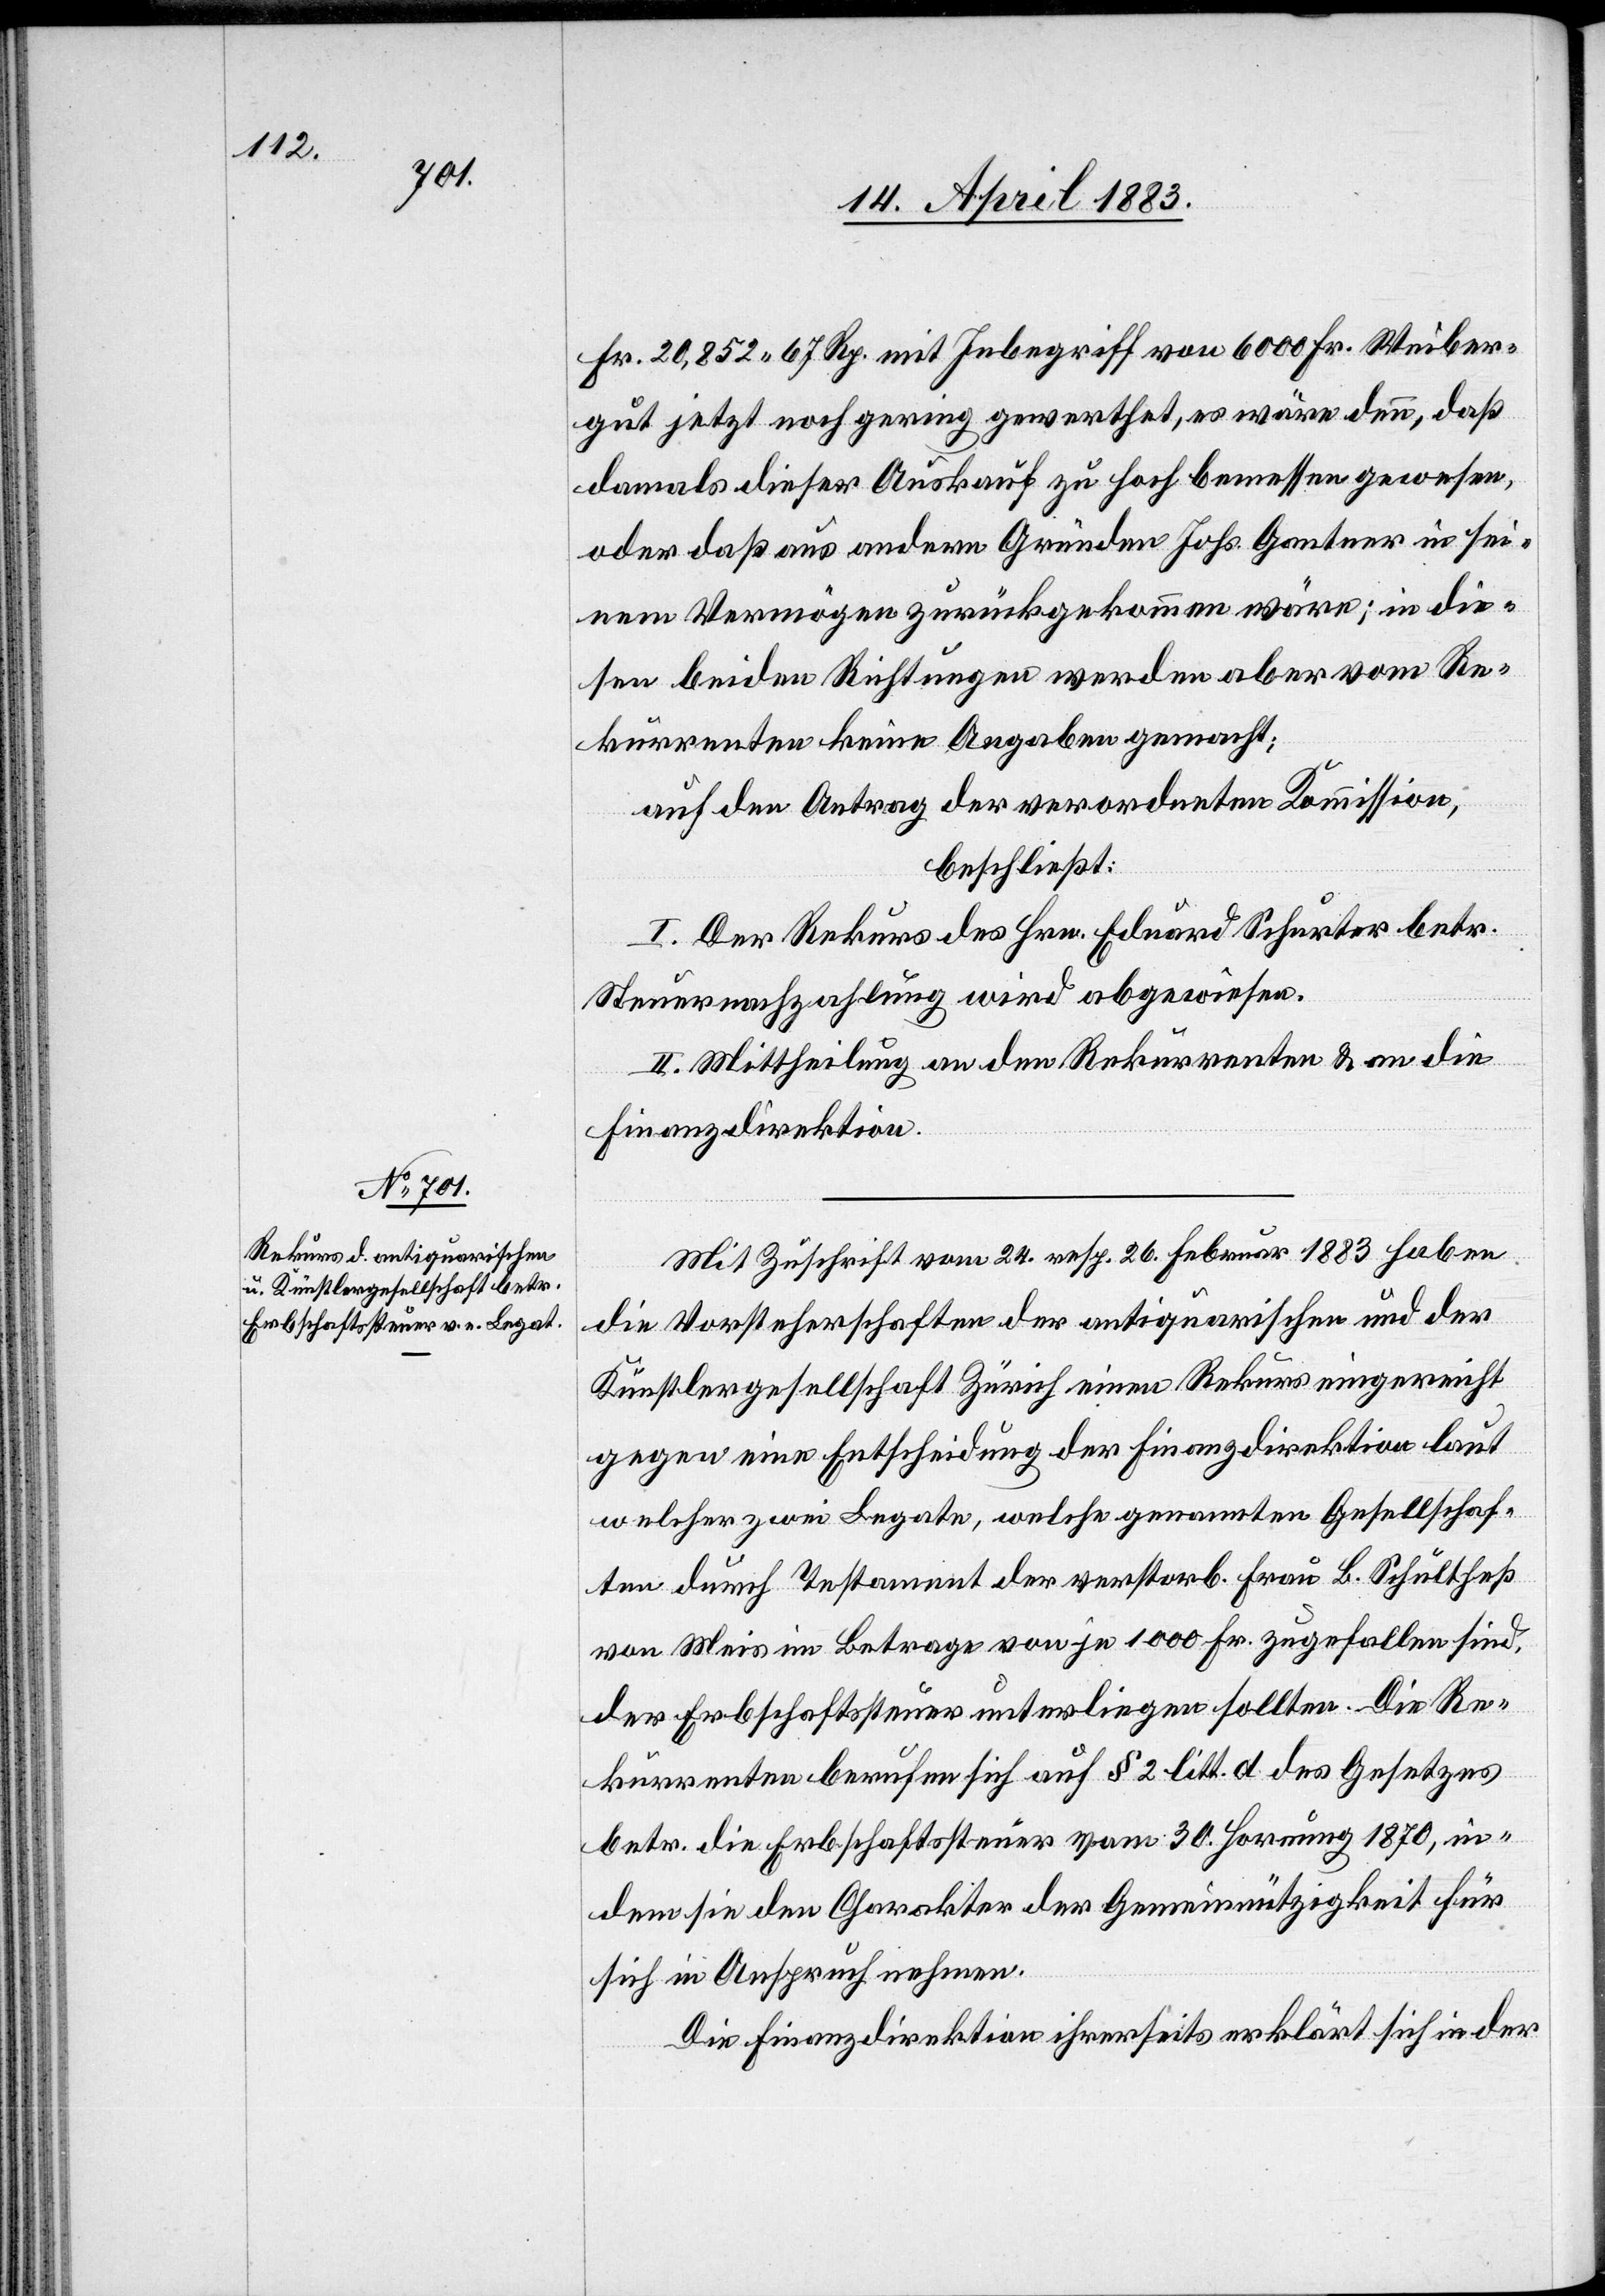
Fr. 20,852 67 Rp. mit Inbegriff von 6000 Fr. Weiber¬
gut jetzt noch gering gewerthet, es wäre denn, daß
damals dieser Auskauf zu hoch bemessen gewesen
oder daß aus andern Gründen Johs. Gantner in sei¬
nem Vermögen zurückgekommen wäre; in die¬
sen beiden Richtungen werden aber vom Re¬
kurrenten keine Angaben gemacht;
auf den Antrag der verordneten Kommission,
beschließt:
I. der Rekurs des Hrn. Eduard Schurter betr.
Steuernachzahlung wird abgewiesen.
II. Mittheilung an den Rekurrenten & an die
Finanzdirektion.
Mit Zuschrift vom 24. resp. 26. Februar 1883 haben
die Vorsteherschaften der antiquarischen und der
Künstlergesellschaft Zürich einen Rekurs eingereicht
gegen eine Entscheidung der Finanzdirektion laut
welcher zwei Legate, welche genannten Gesellschaf¬
ten durch Testament der verstorb. Frau B. Schultheß
von Meis im Betrage von je 1000 Fr. zugefallen sind,
der Erbschaftssteuer unterliegen sollten. Die Re¬
kurrenten berufen sich auf § 2 litt. d. des Gesetzes
betr. die Erbschaftssteuer vom 30. Hornung 1870, in¬
dem sie den Charakter der Gemeinnützigkeit für
sich in Anspruch nehmen.
Die Finanzdirektion ihrerseits erklärt sich in der